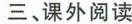
三、课外阅读